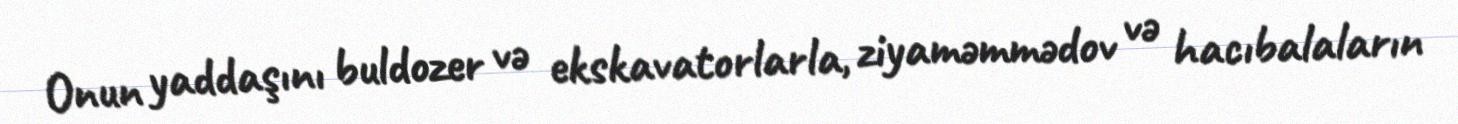
Onun yaddaşını buldozer və ekskavatorlarla, ziyaməmmədov və hacıbalaların